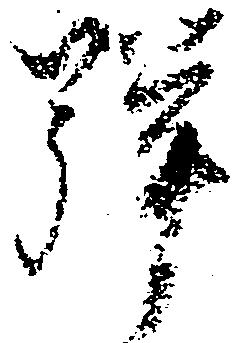
弾